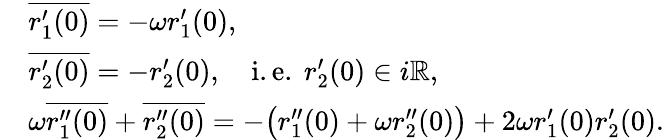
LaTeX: \begin{array}{rl}&{\overline{{r_{1}^{\prime}(0)}}=-\omega r_{1}^{\prime}(0),}\\ &{\overline{{r_{2}^{\prime}(0)}}=-r_{2}^{\prime}(0),\quad\mathrm{i.e.~}r_{2}^{\prime}(0)\in i{\mathbb R},}\\ &{\omega\overline{{r_{1}^{\prime\prime}(0)}}+\overline{{r_{2}^{\prime\prime}(0)}}=-\big(r_{1}^{\prime\prime}(0)+\omega r_{2}^{\prime\prime}(0)\big)+2\omega r_{1}^{\prime}(0)r_{2}^{\prime}(0).}\end{array}